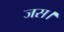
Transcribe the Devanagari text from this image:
जस।